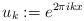
LaTeX: \begin{align*}u_k:=e^{2\pi ikx}\end{align*}